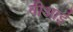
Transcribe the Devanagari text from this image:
वीआई